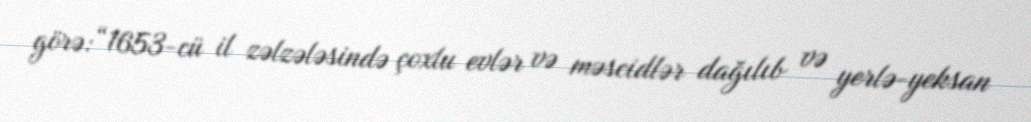
görə:“1653-cü il zəlzələsində çoxlu evlər və məscidlər dağılıb və yerlə-yeksan